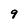
Character: 9